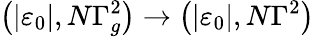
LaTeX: \left(\left\vert\varepsilon_{0}\right\vert,N\Gamma_{g}^{2}\right)\to\left(\left\vert\varepsilon_{0}\right\vert,N{\Gamma}^{2}\right)